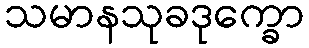
သမာနသုခဒုက္ခော